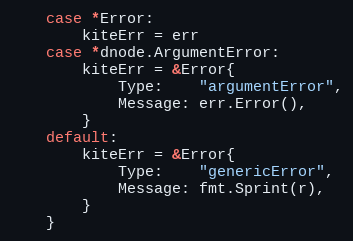
Language: Go
	case *Error:
		kiteErr = err
	case *dnode.ArgumentError:
		kiteErr = &Error{
			Type:    "argumentError",
			Message: err.Error(),
		}
	default:
		kiteErr = &Error{
			Type:    "genericError",
			Message: fmt.Sprint(r),
		}
	}